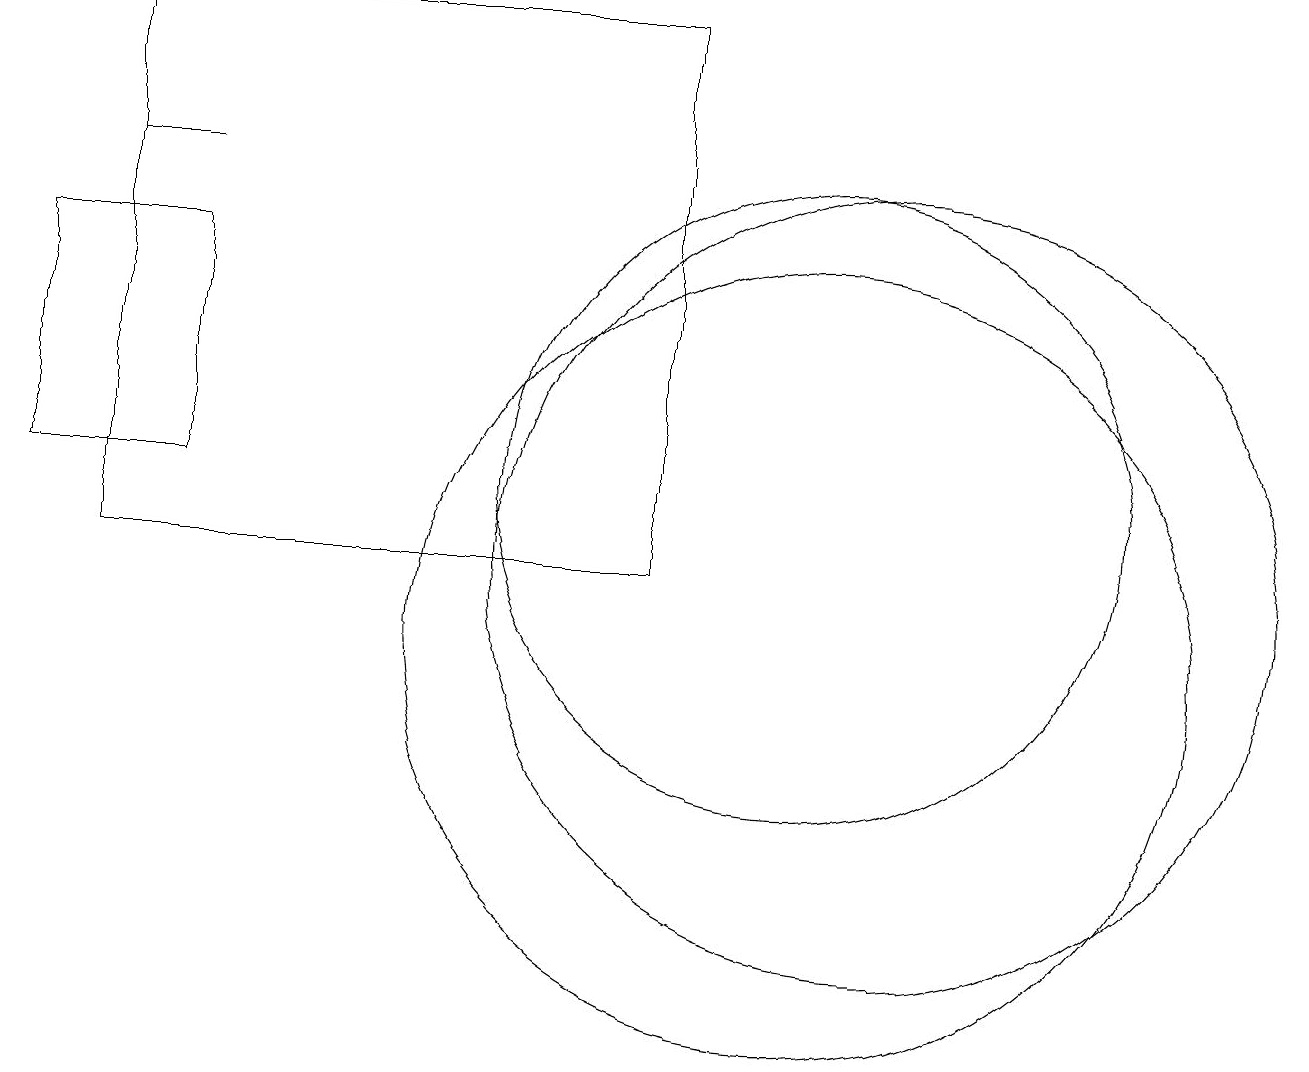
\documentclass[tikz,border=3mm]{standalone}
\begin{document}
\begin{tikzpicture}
\draw (10,12) circle (4);
\draw (11,11) circle (5);
\draw (10,10) circle (5);
\draw (0,15) rectangle (2,12);
\draw (1,16) rectangle (2,16);
\draw (1,18) rectangle (8,11);
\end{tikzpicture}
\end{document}